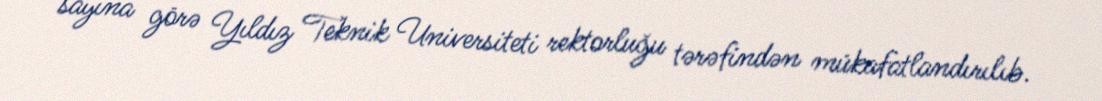
sayına görə Yıldız Teknik Universiteti rektorluğu tərəfindən mükafatlandırılıb.